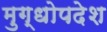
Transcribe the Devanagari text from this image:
मुग्धोपदेश